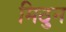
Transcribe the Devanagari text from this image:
मिठुन